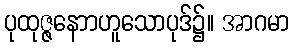
ပုထုဇ္ဇနောာဟူသောပုဒ်၌။ အာဂမာ